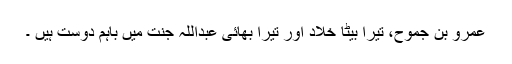
عمرو بن جَموح، تیرا بیٹا خَلَّادْ اور تیرا بھائی عبداللہ جنت میں باہم دوست ہیں ۔